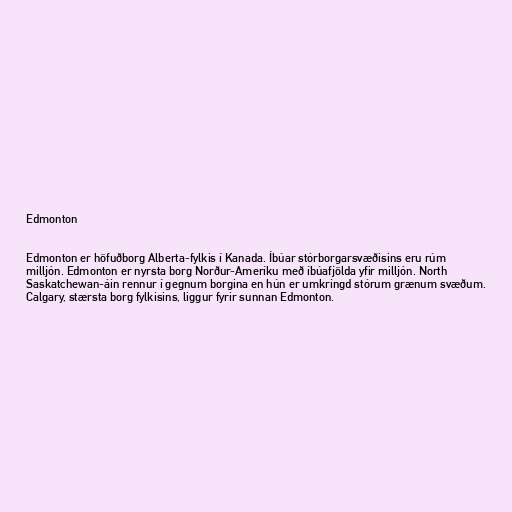
Edmonton

Edmonton er höfuðborg Alberta-fylkis í Kanada. Íbúar stórborgarsvæðisins eru rúm
milljón. Edmonton er nyrsta borg Norður-Ameríku með íbúafjölda yfir milljón. North
Saskatchewan-áin rennur í gegnum borgina en hún er umkringd stórum grænum svæðum.
Calgary, stærsta borg fylkisins, liggur fyrir sunnan Edmonton.